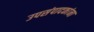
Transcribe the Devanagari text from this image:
उपसंपादकांना